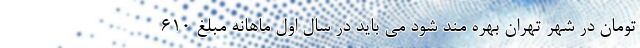
تومان در شهر تهران بهره مند شود می باید در سال اول ماهانه مبلغ ۶۱۰